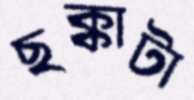
ছক্কাটা